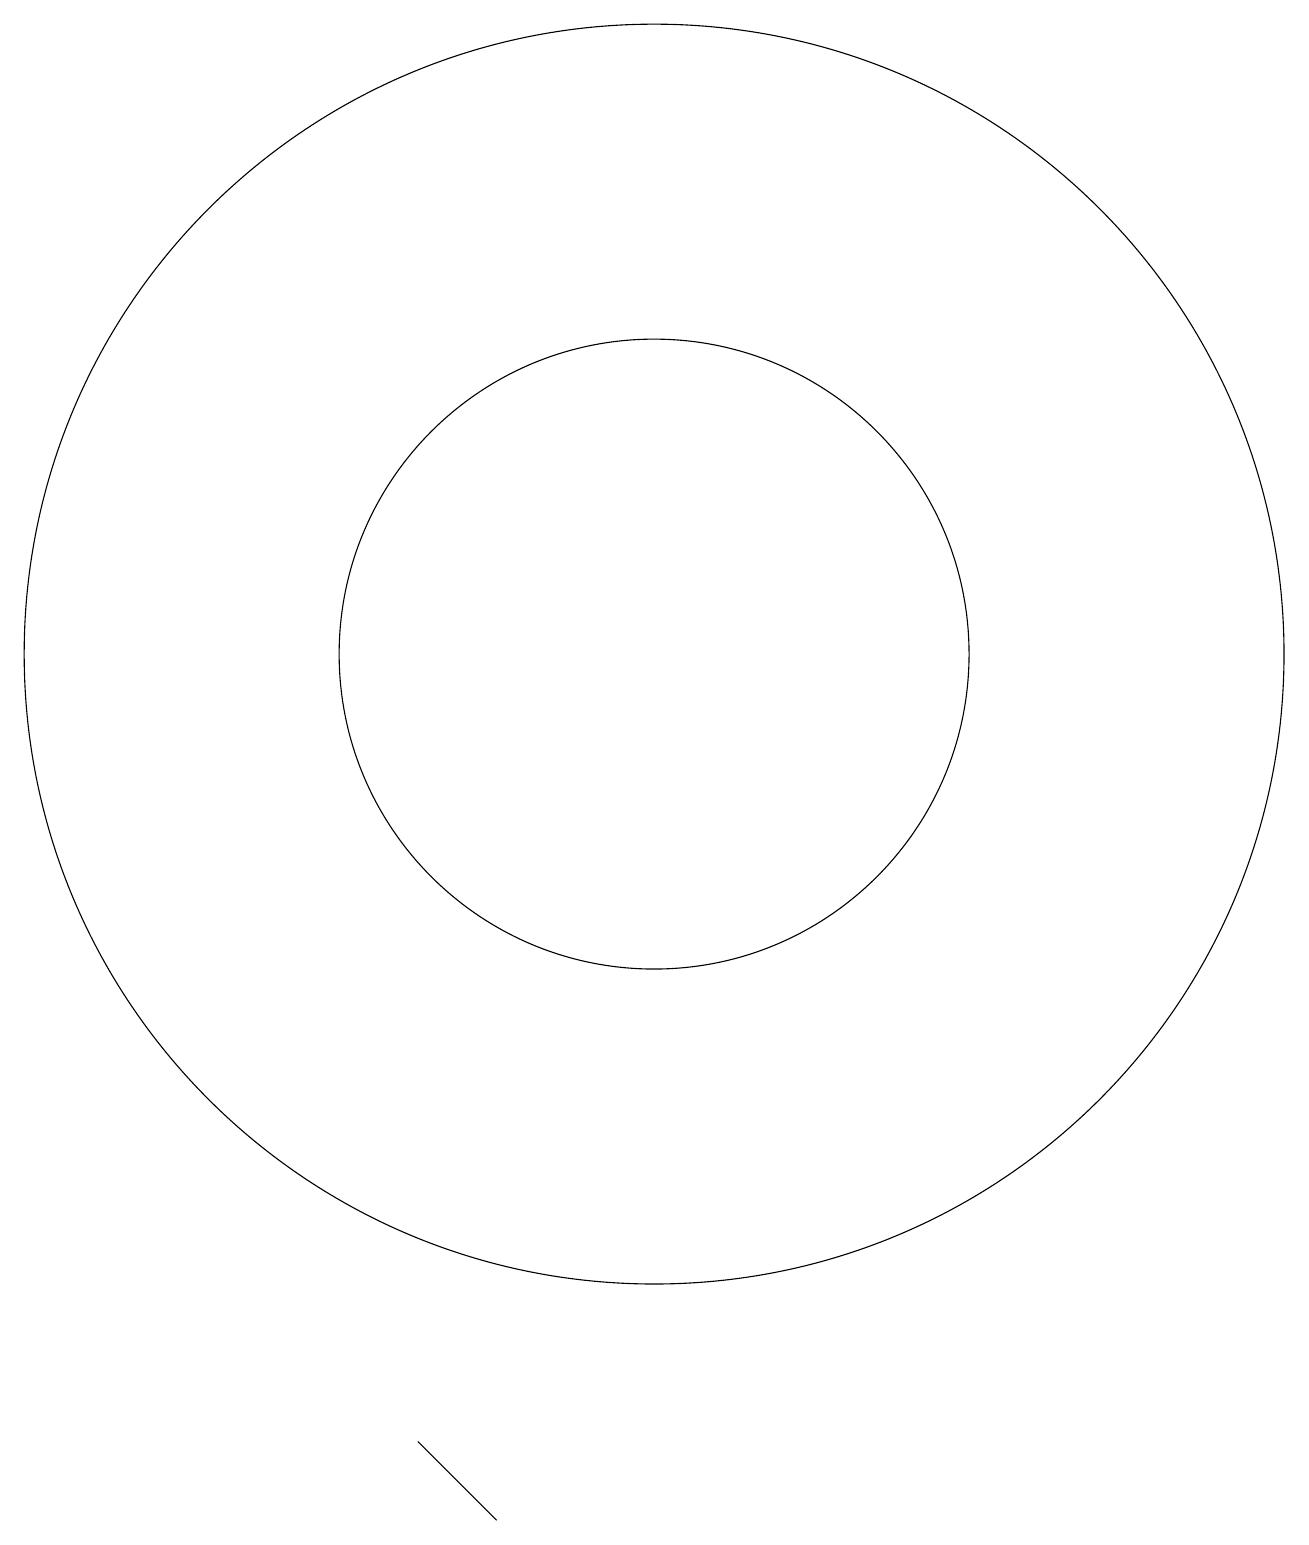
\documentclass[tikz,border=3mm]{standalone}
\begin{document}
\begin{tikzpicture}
\draw (10,11) circle (8);
\draw (7,1) -- (8,0) -- (8,0) -- cycle;
\draw (10,11) circle (4);
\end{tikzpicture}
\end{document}